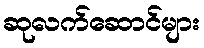
ဆုလက်ဆောင်များ